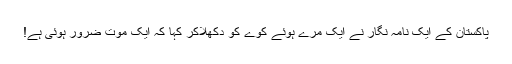
پاکستان کے ایک نامہ نگار نے ایک مرے ہوئے کوے کو دکھلاکر کہا کہ ایک موت ضرور ہوئی ہے!